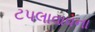
ટપલાવાવના